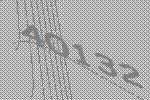
40132